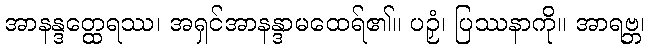
အာနန္ဒတ္ထေရဿ၊ အရှင်အာနန္ဒာမထေရ်၏။ ပဉှံ၊ ပြဿနာကို။ အာရဗ္ဘ၊